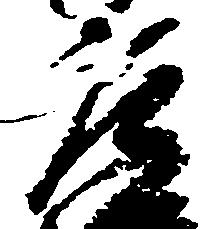
庄